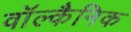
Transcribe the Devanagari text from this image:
वॉल्कैनिक